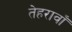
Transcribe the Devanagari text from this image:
तेहरावाँ